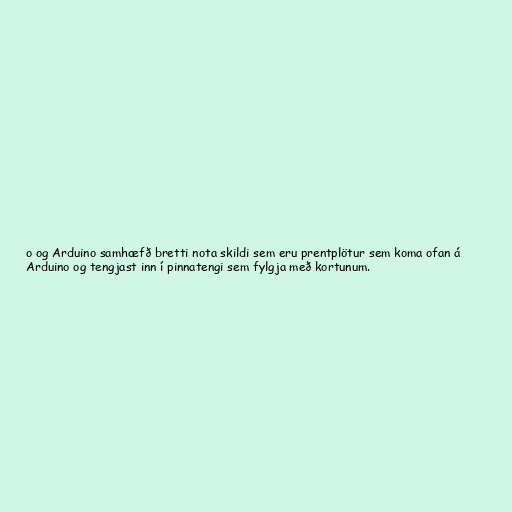
o og Arduino samhæfð bretti nota skildi sem eru prentplötur sem koma ofan á
Arduino og tengjast inn í pinnatengi sem fylgja með kortunum.